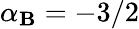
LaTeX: \alpha_{\mathbf{B}}=-3/2